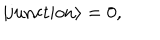
LaTeX: | \mathrm { j u n c t i o n } \rangle = 0 ,